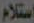
استلام